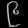
Digit: ၉